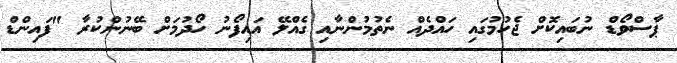
ޕާސްވޯޑް ނުބައިކޮށް ޖެހުމުގައި ހައްދެއް ނެތުމުންނާއި ގެއްލޭ އައިފޯނު ހޯދުމަށް ބޭނުންކުރާ "ފައިންޑް